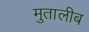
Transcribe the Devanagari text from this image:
मुतालीब